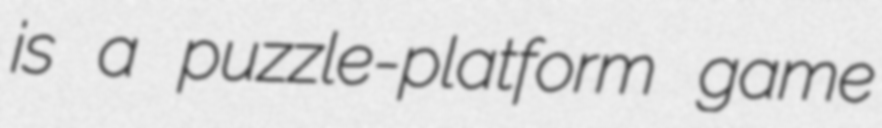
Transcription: is a puzzle-platform game